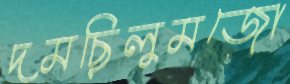
দমছিলুমজো